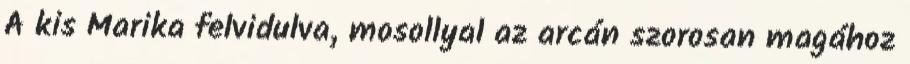
A kis Marika felvidulva, mosollyal az arcán szorosan magához